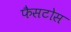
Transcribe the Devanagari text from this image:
फैसटोस